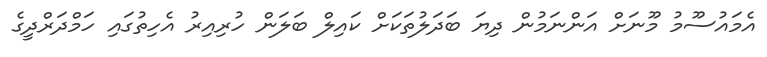
އެމައުސޫމު މޫނަށް އަންނަމުން ދިޔަ ބަދަލުތަކަށް ކައިލް ބަލަން ހުރިއިރު އެހިތުގައި ހަމްދަރްދީގެ